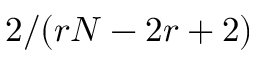
2 / ( r N - 2 r + 2 )